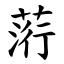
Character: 䓷